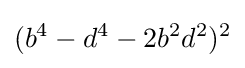
(b^{4}-d^{4}-2b^{2}d^{2})^{2}